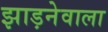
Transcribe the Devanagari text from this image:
झाड़नेवाला